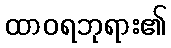
ထာဝရဘုရား၏